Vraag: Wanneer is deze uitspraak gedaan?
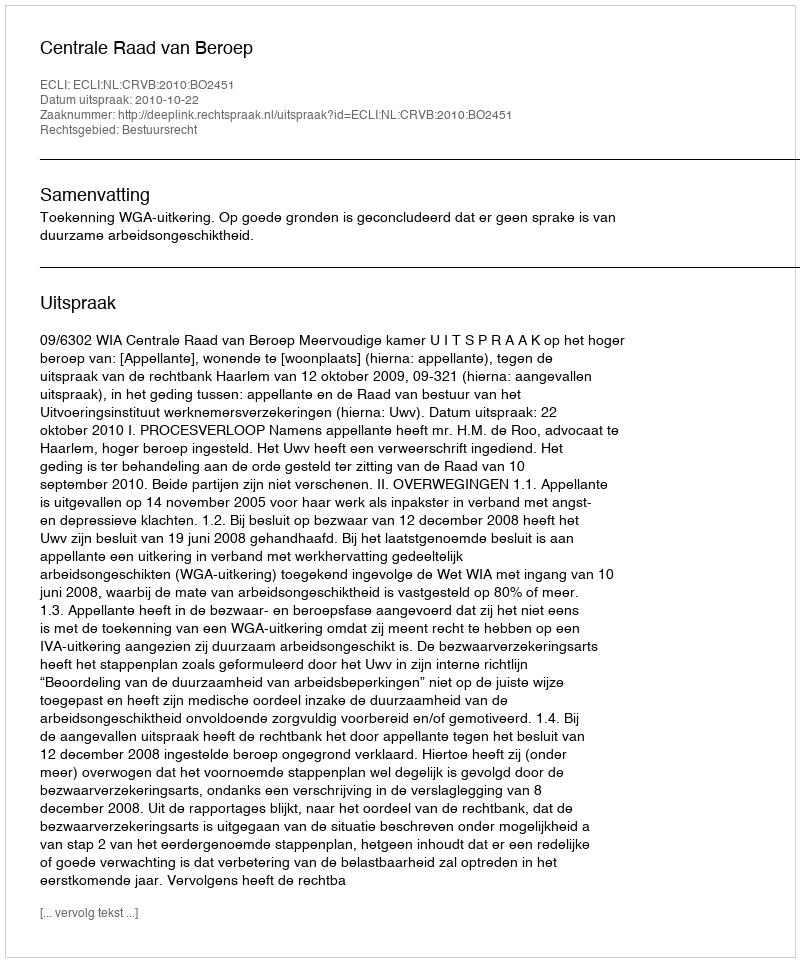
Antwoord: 2010-10-22